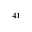
^ { 4 1 }